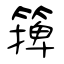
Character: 篺